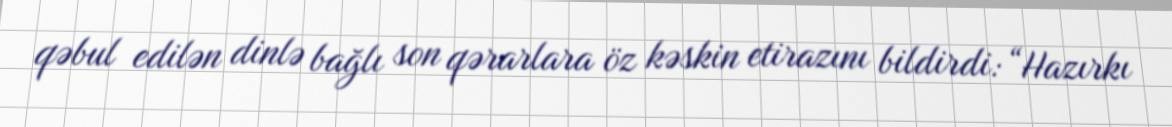
qəbul edilən dinlə bağlı son qərarlara öz kəskin etirazını bildirdi: “Hazırkı